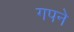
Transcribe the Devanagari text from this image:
गपने